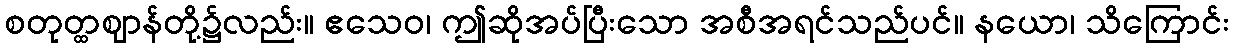
စတုတ္ထဈာန်တို့၌လည်း။ ဧသေဝ၊ ဤဆိုအပ်ပြီးသော အစီအရင်သည်ပင်။ နယော၊ သိကြောင်း